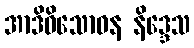
အာဒိဝိသောဓန နိဒ္ဒေသ